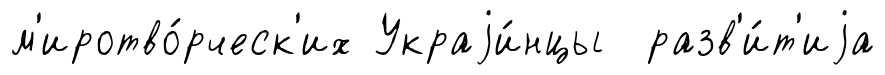
м'иротво́рческ'их Украjи́нцы разв'и́т'иjа